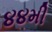
૪૪મી